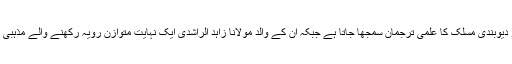
ان کے دادا مولانا محمد سرفراز خان صفدر کو دیوبندی مسلک کا علمی ترجمان سمجھا جاتا ہے جبکہ ان کے والد مولانا زاہد الراشدی ایک نہایت متوازن رویہ رکھنے والے مذہبی اسکالر اور دانش ور کے طور پر معروف ہیں۔